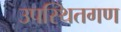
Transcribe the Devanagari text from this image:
उपस्थितगण